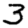
Digit: 3